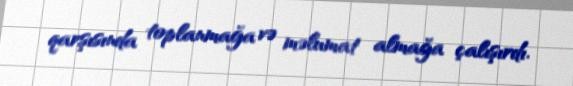
qarşısında toplanmağa və məlumat almağa çalışırdı.